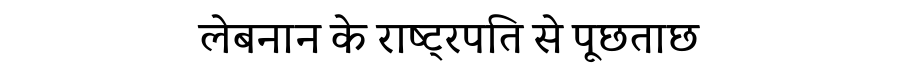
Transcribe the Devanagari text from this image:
लेबनान के राष्ट्रपति से पूछताछ